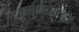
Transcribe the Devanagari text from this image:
अनुभवांतर